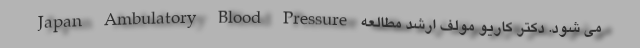
می شود. دکتر کاریو مولف ارشد مطالعه Japan Ambulatory Blood Pressure